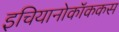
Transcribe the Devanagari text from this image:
इचियानोकॉककस